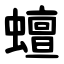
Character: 蟺